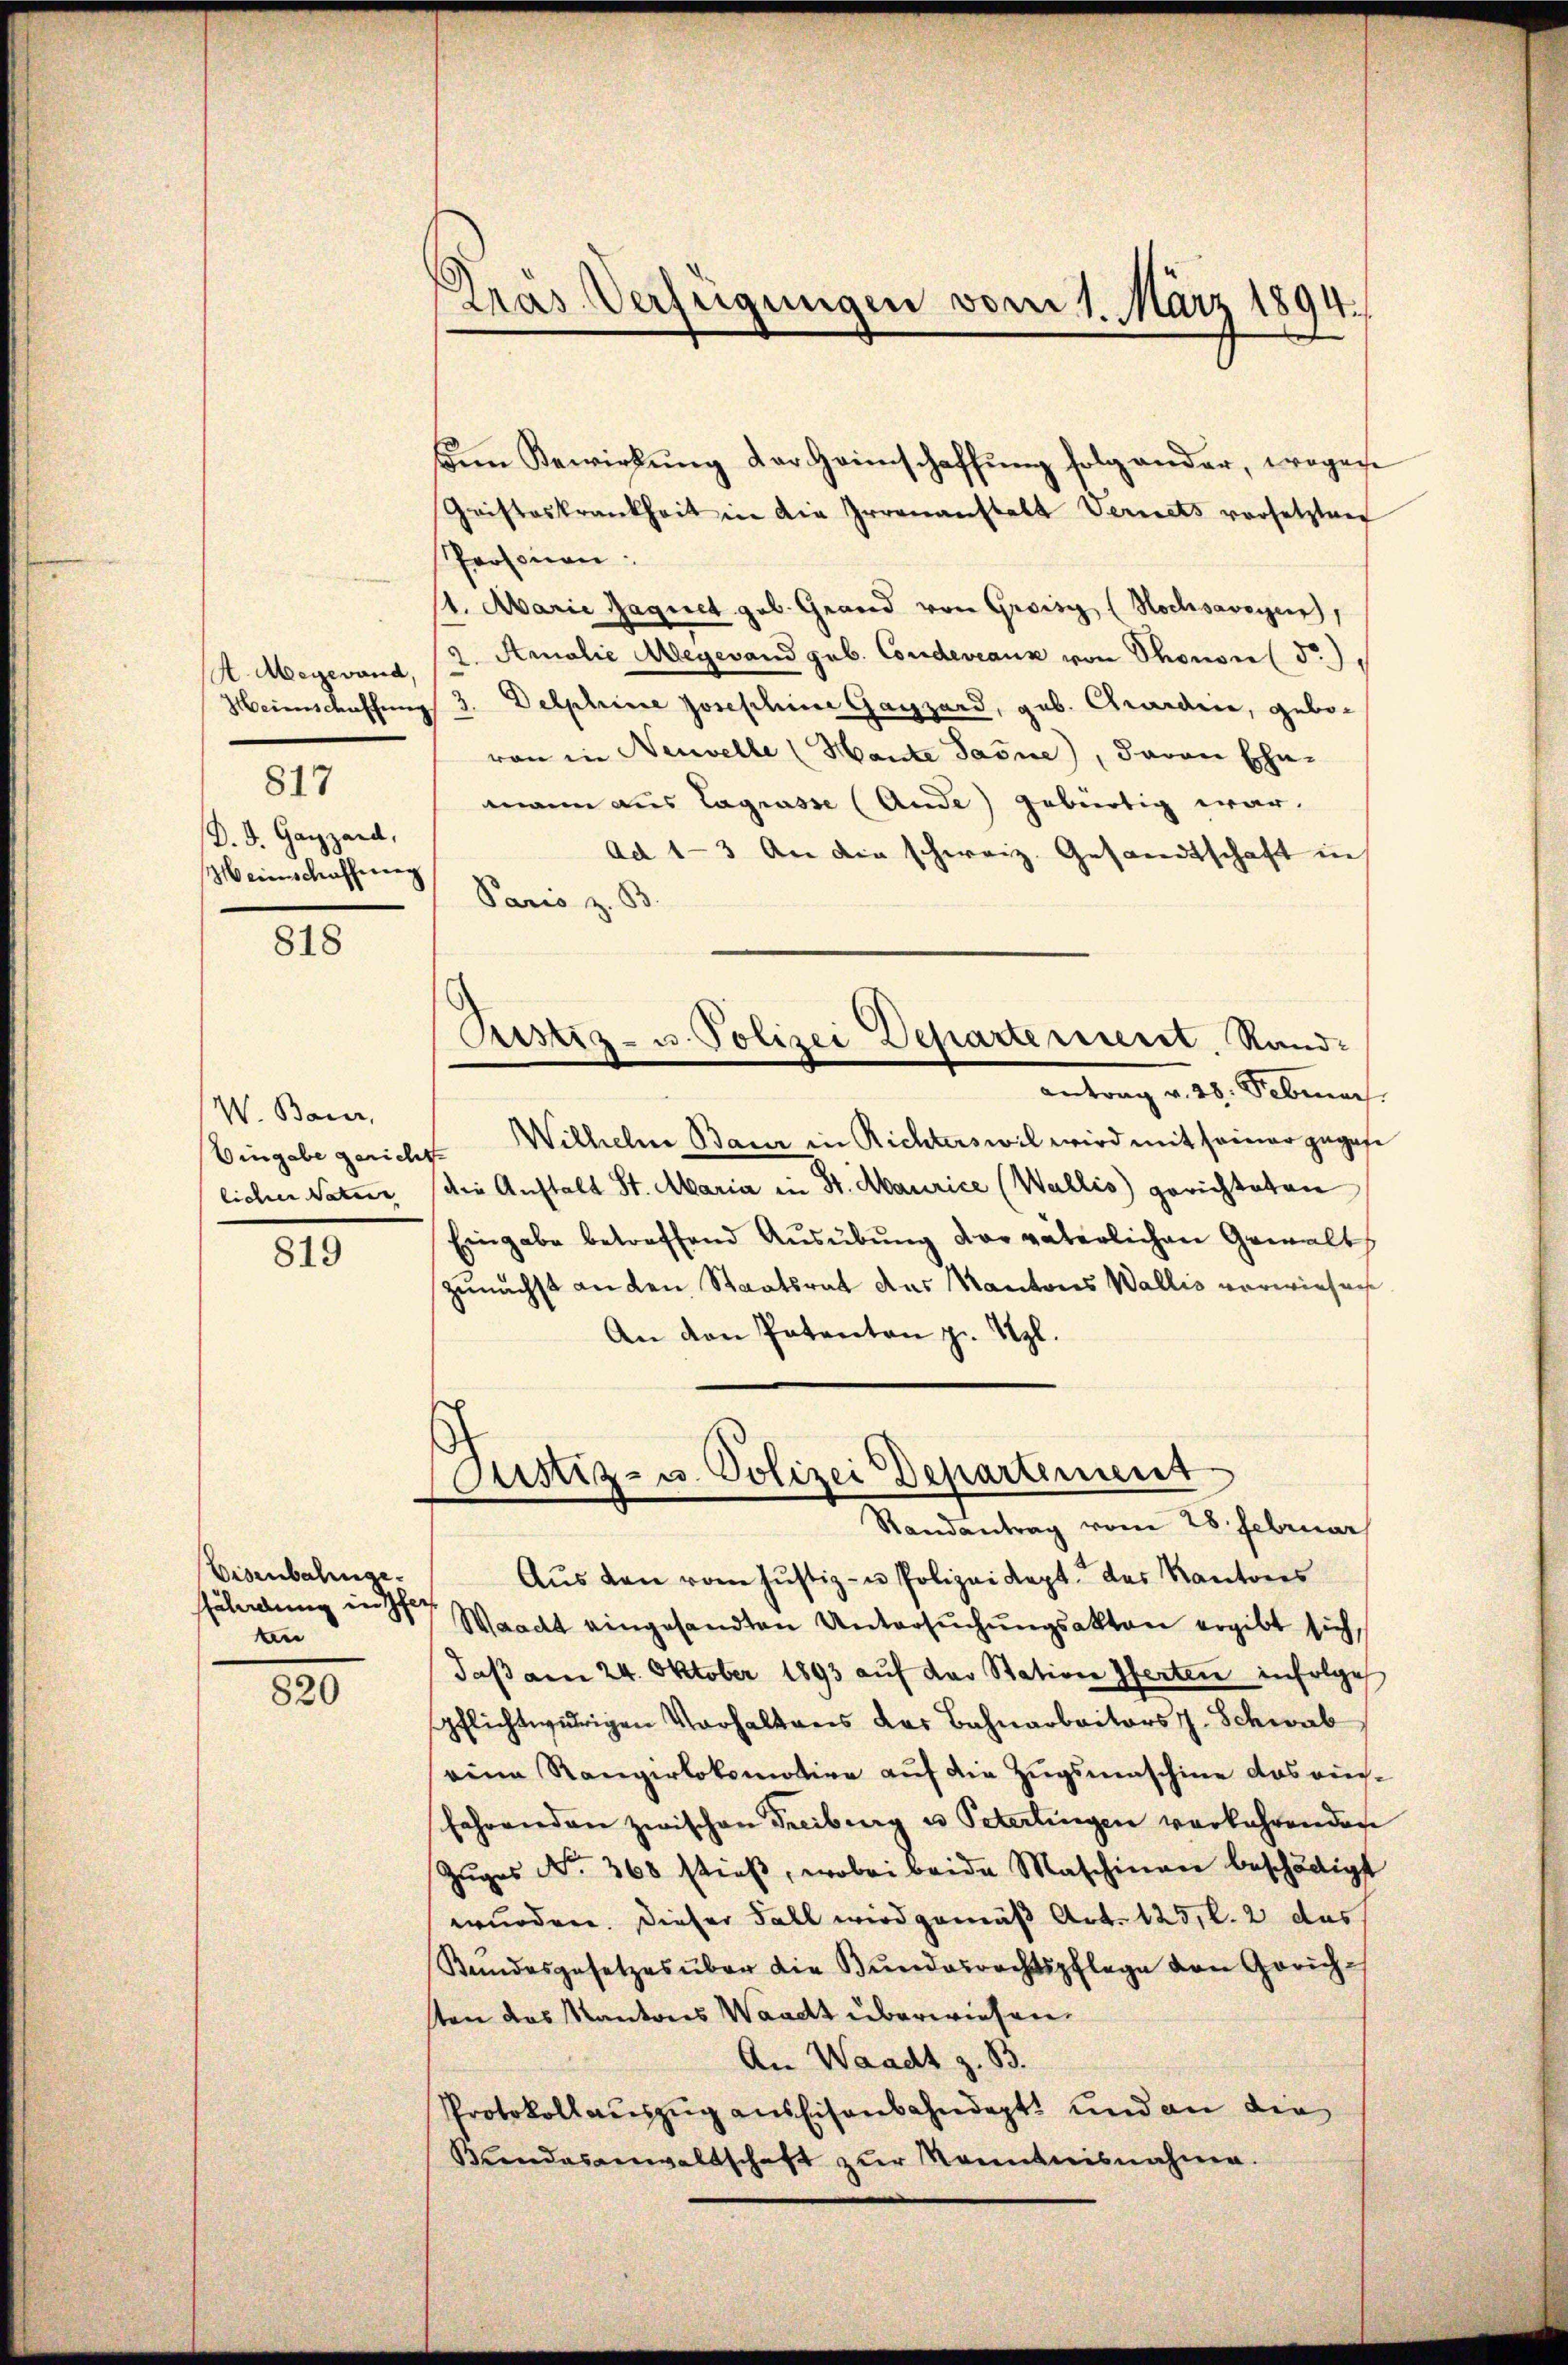
H. Megewand,
Heimschaffung
817
D. d. Gaizzard,
Meienschaffenen

818

W. Bauer,
licher Naturr

819

Eisenbahngeffährdung in Pfer
en

820

Pras Verfügungen vom 1. März 1894.

Cristeskrankheit in die Irrenanstalt Vernets vorsetzten
Personen:
11. Marie Jaquet geb. Geword von Groisi (Hochsaveyen,
2. Amalie Aegerand geb. Condeveaux von Thonon (§.),
Delphine Josephine Gagzard, geb. Chardine, gebovon in Neuvelle (Hante Jasne), davon Ehe-
mann aus Lagrasse (Ande) gebürtig war.
Ad 1-3 An die schweiz. Gesandtschaft in
Paris z. B.
antrag v. 28. Februar
Eingabe gerichte Wilhelm Baur in Richterswil wird mit seiner gegese
die Anstalt St. Maria in St. Maurice (Wallis) gerichteten
Eingabe betreffend Ausübung der väterlichen Gewalt
zunächst an den Staatsrat das Kantons Wallis verwiesen
An den Patenten z. Vgl.
Justiz- u. Polizei Departement
Randantrag vom 28. Februar
Aus den vom Justiz- u Polizeikapt. das Kantons
Waadt eingesandten Untersŭchŭngsakten ergibt sich,
daβ am 24. Oktober 1893 auf das Station ferten infolge
spflichtwidrigen Verhaltens der Bahnarbeiters J. Schwab
eine Rangerlokomotive auf die Zugsmaschine das ausfahrenden zwischen Freiburg u Peterlingen verkehrenden
Zŭges No. 368 stieß, wobei beide Maschinen beschädigt
wurden. Dieser Fall wird gemäß Art. 125, l. 2 das
Kundesgesetzes über die Bundesrechtspflege von Gerichsten das Kantons Waadt überwiesen.
An Waadt z. B.
Protokollauszug aus Eisenbahndept, und an die
Brandasanwaltschaft zur Sonntnisnahme.

san Bewirkung der Heimschaffung folg ander, wogen

Prustiz- u. Polizei Departeriert. Rand¬